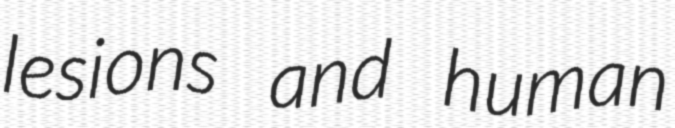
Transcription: lesions and human